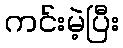
ကင်းမဲ့ပြီး